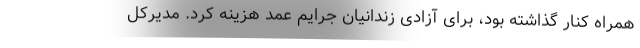
همراه کنار گذاشته بود، برای آزادی زندانیان جرایم عمد هزینه کرد. مدیرکل